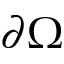
\partial \Omega